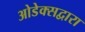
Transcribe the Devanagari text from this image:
ओडेक्सद्वारा